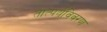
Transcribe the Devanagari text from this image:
तात्पर्यविवरण